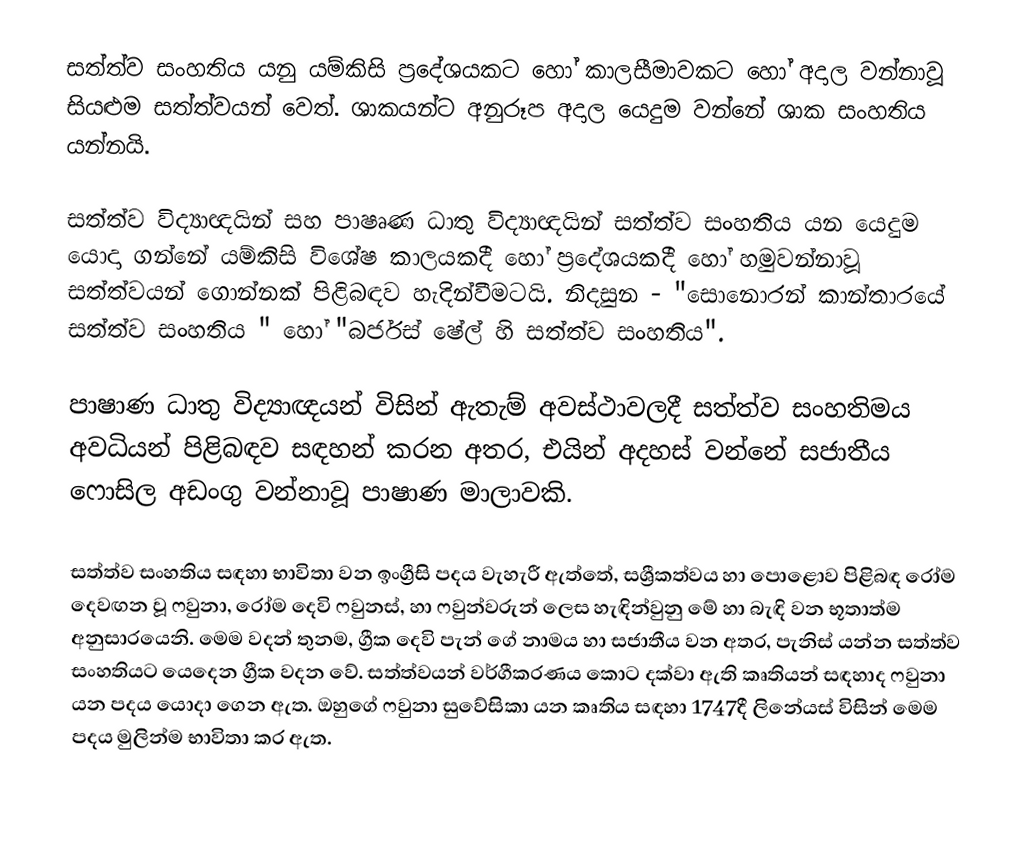
සත්ත්ව සංහතිය යනු යම්කිසි ප්‍රදේශයකට හෝ කාලසීමාවකට හෝ අදාල වන්නාවූ සියළුම සත්ත්වයන් වෙත්. ශාකයන්ට අනුරූප අදාල යෙදුම වන්නේ ශාක සංහතිය යන්නයි.

සත්ත්ව විද්‍යාඥයින් සහ පාෂෘණ ධාතු විද්‍යාඥයින් සත්ත්ව සංහතිය යන යෙදුම යොදා ගන්නේ යම්කිසි විශේෂ කාලයකදී හෝ ප්‍රදේශයකදී හෝ හමුවන්නාවූ සත්ත්වයන් ගොන්නක් පිළිබඳව හැදින්වීමටයි. නිදසුන - "සොනොරන් කාන්තාරයේ සත්ත්ව සංහතිය " හෝ "බර්ජස් ෂේල් හි සත්ත්ව සංහතිය".

පාෂාණ ධාතු විද්‍යාඥයන් විසින් ඇතැම් අවස්ථාවලදී සත්ත්ව සංහතිමය අවධියන් පිළිබඳව සඳහන් කරන අතර,  එයින් අදහස් වන්නේ සජාතීය ෆොසිල අඩංගු වන්නාවූ පාෂාණ මාලාවකි.

සත්ත්ව සංහතිය සඳහා භාවිතා වන ඉංග්‍රීසි පදය වැහැරී ඇත්තේ, සශ්‍රීකත්වය හා පොළොව පිළිබඳ රෝම  දෙවඟන වූ  ෆවුනා,  රෝම දෙවි  ෆවුනස්, හා ෆවුන්වරුන් ලෙස හැඳින්වුනු මේ හා බැඳි වන භූතාත්ම අනුසාරයෙනි. මෙම වදන් තුනම, ග්‍රීක දෙවි  පැන් ගේ නාමය හා සජාතීය වන අතර, පැනිස්   යන්න  සත්ත්ව සංහතියට යෙදෙන ග්‍රීක වදන වේ. සත්ත්වයන් වර්ගීකරණය කොට දක්වා ඇති කෘතියන් සඳහාද  ෆවුනා යන පදය යොදා ගෙන ඇත. ඔහුගේ  ෆවුනා සුවේසිකා යන කෘතිය සඳහා 1747දී ලිනේයස් විසින් මෙම පදය මුලින්ම භාවිතා කර ඇත.